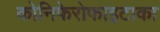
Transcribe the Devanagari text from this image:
कोनिफेरोफाइटाका